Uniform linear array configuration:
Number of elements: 48
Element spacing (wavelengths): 0.5
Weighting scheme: cosine
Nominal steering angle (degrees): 30
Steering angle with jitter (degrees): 28.732
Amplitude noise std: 0.05
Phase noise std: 0.05

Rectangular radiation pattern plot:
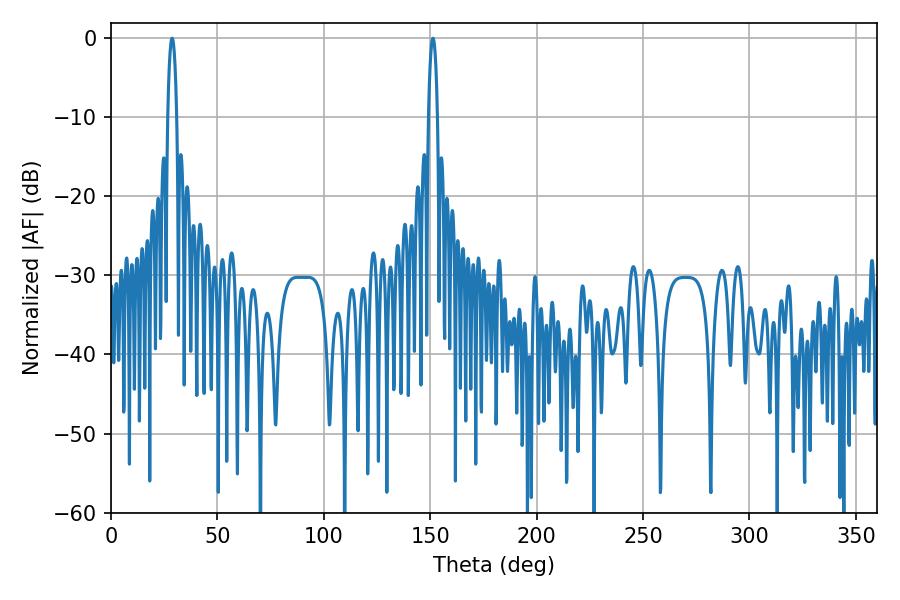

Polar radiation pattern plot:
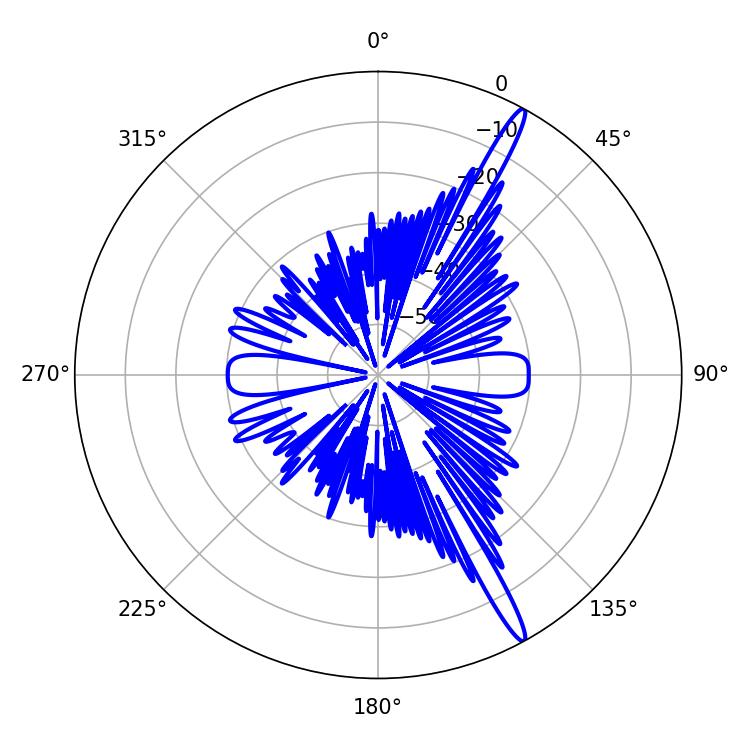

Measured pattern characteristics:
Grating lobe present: FALSE
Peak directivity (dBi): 16.409
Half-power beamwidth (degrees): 2.34
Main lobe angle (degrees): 151.2